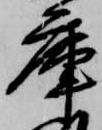
庫